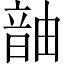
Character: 𬰹